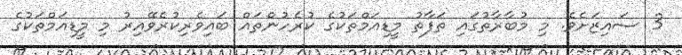
3 ސައިޒަށެވެ. މި މުބާރާތުގައި ތަފާތު މީޑިއަމްތަކުގެ ކުރެހުންތައް ބައިވެރިކުރެވޭއިރު މި މީޑިއަމްތަކުގެ